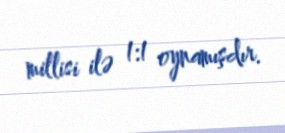
millisi ilə 1:1 oynamışdır.